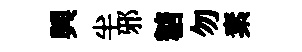
興半邪糖勿素